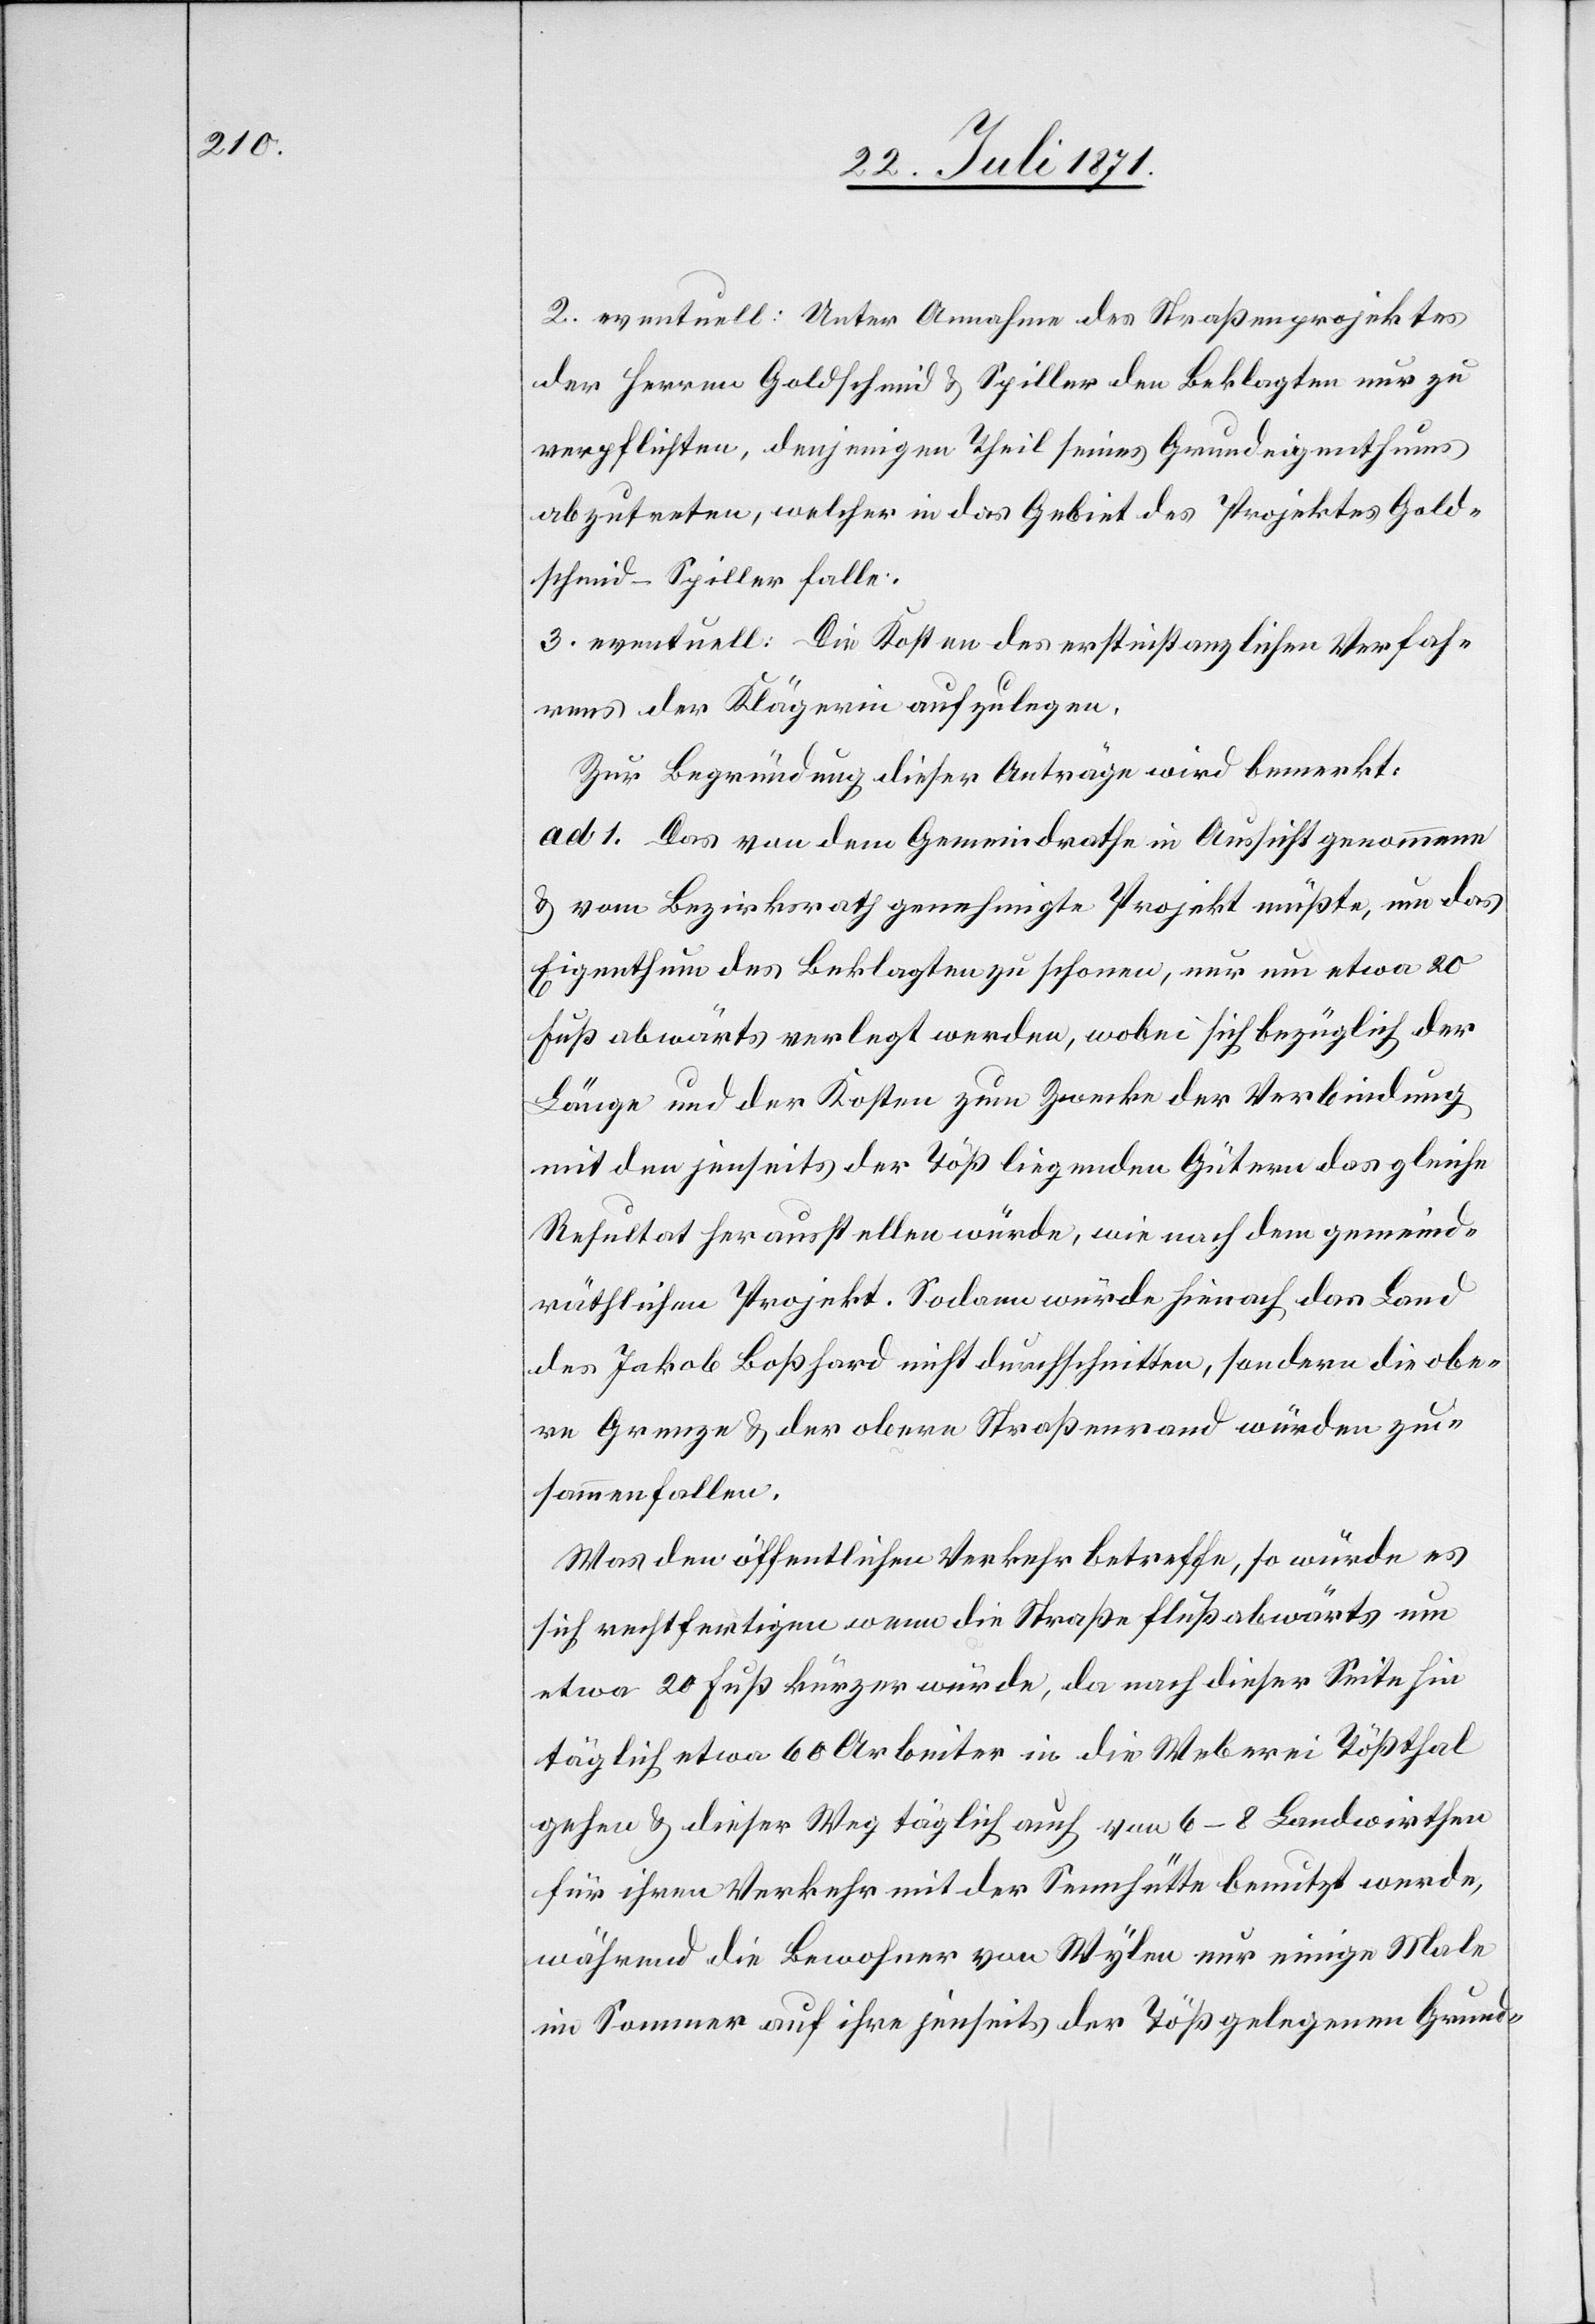
2. eventuell: Unter Annahme des Straßenprojektes
der Herren Goldschmid u. Spiller den Beklagten nur zu
verpflichten, denjenigen Theil seines Grundeigenthums
abzutreten, welcher in das Gebiet des Projektes Gold¬
schmid-Spiller falle.
3. eventuell: Die Kosten des erstinstanzlichen Verfah¬
rens der Klägerin aufzulegen.
Zur Begründung dieser Anträge wird bemerkt:
ad 1. Das von dem Gemeindrathe in Aussicht genommene
u. vom Bezirksrath genehmigte Projekt müßte, um das
Eigenthum des Beklagten zu schonen, nur um etwa 20
Fuß abwärts verlegt werden, wobei sich bezüglich der
Länge und der Kosten zum Zwecke der Verbindung
mit den jenseits der Töß liegenden Gütern das gleiche
Resultat herausstellen würde, wie nach dem gemeind¬
räthlichen Projekt. Sodann würde hienach das Land
des Jakob Boßhard nicht durchschnitten, sondern die obe¬
re Grenze u. der obere Straßenrand würden zu¬
sammenfallen.
Was den öffentlichen Verkehr betreffe, so würde es
sich rechtfertigen wenn die Straße flußabwärts um
etwa 20 Fuß kürzer würde, da nach dieser Seite hin
täglich etwa 60 Arbeiter in die Weberei Tößthal
gehen u. dieser Weg täglich auch von 6–8 Landwirthen
für ihren Verkehr mit der Sennhütte benutzt werde,
während die Bewohner von Wylen nur einige Male
im Sommer auf ihre jenseits der Töß gelegenen Grund-